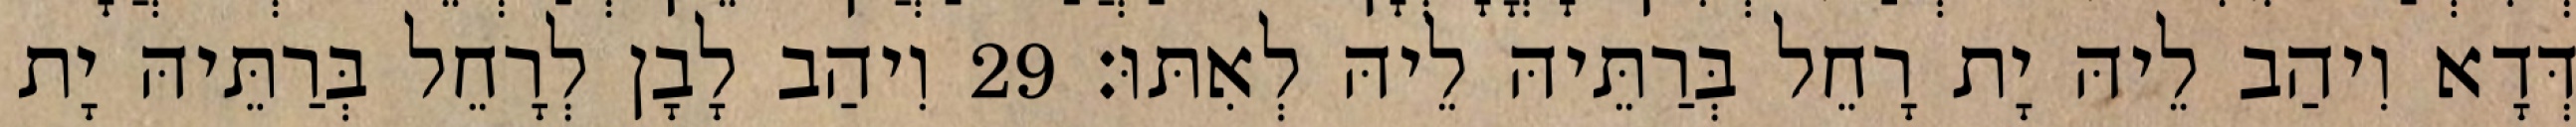
דְּדָא וִיהַב לֵיהּ יָת רָחֵל בְּרַתֵּיהּ לֵיהּ לְאִתּוּ׃ 29 וִיהַב לָבָן לְרָחֵל בְּרַתֵּיהּ יָת